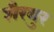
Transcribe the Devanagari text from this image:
शैरबुर